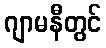
ဂျာမနီတွင်